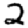
Digit: 2